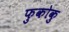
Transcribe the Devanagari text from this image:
फुकोकु